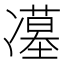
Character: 𭂥